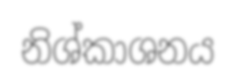
නිශ්කාශනය